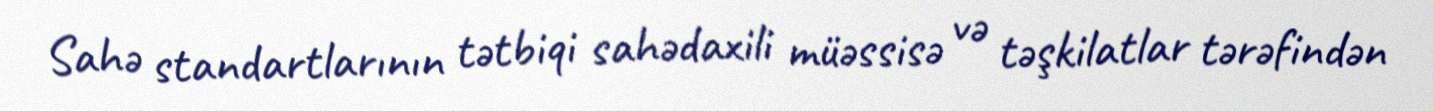
Sahə standartlarının tətbiqi sahədaxili müəssisə və təşkilatlar tərəfindən